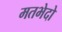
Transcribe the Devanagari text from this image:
मतभेदो